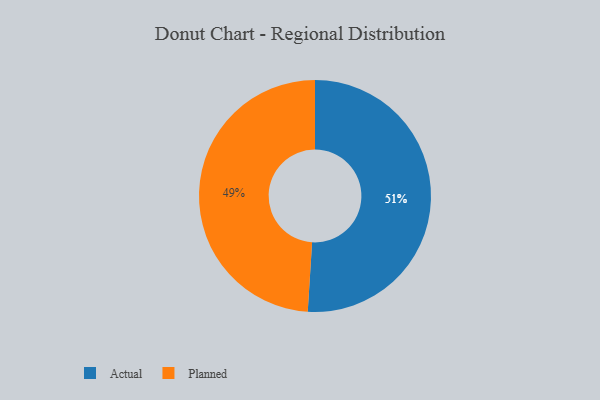
{"axis": {"x": "Category", "y": "Percentage"}, "legend": ["Actual", "Planned"], "data": [{"x": "Actual", "y": 51, "type": "Actual"}, {"x": "Planned", "y": 49, "type": "Planned"}]}